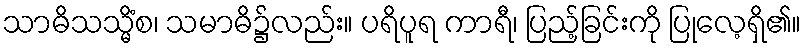
သာဓိသသ္မိံစ၊ သမာဓိ၌လည်း။ ပရိပူရ ကာရီ၊ ပြည့်ခြင်းကို ပြုလေ့ရှိ၏။